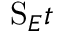
\mathrm { S } _ { E } t